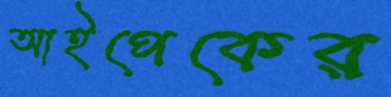
আইপেকের